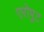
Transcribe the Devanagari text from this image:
एरोपुट